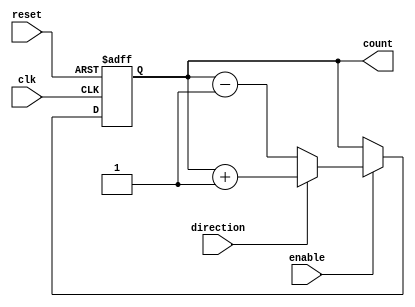
module ChainedParallelCounter (
    input wire clk,               // Clock signal
    input wire reset,             // Asynchronous reset signal
    input wire enable,            // Enable signal for counting
    input wire direction,         // Direction control (1: count up, 0: count down)
    output reg [N-1:0] count      // Count output
);
    parameter N = 4;              // Number of bits in the counter
    reg [N-1:0] count_next;       // Next state of the counter
    
    // Chained Configuration (Ripple Counter)
    always @(posedge clk or posedge reset) begin
        if (reset) begin
            count <= 0;           // Reset count to zero
        end else if (enable) begin
            count <= count_next;  // Update count to next state
        end
    end

    // Calculate next state for Chained Configuration
    always @(*) begin
        if (direction) begin
            count_next = count + 1; // Count up
        end else begin
            count_next = count - 1; // Count down
        end
    end

    // Parallel Configuration (Synchronous Counter)
    // Uncomment the following section to enable parallel counting
    /*
    always @(posedge clk or posedge reset) begin
        if (reset) begin
            count <= 0;           // Reset count to zero
        end else if (enable) begin
            if (direction) begin
                count <= count + 1; // Count up
            end else begin
                count <= count - 1; // Count down
            end
        end
    end
    */

endmodule